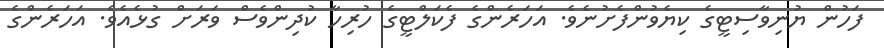
ފަހުން ޔުނިވާސިޓީގެ ކިޔެވުންފެށުނެވެ. އަހަރެންގެ ފެކަލްޓީގެ ހުރިހާ ކުދިންވެސް ވަރަށް ގުޅެއެވެ. އަހަރެންގެ